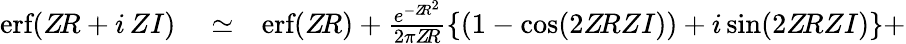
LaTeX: \begin{array}{rlr}{\textnormal{erf}(Z\! R+i\, ZI)}&{{}\simeq}&{\textnormal{erf}(Z\! R)+\frac{e^{-Z\! R^{2}}}{2\pi Z\! R}\{ (1-\textnormal{cos}(2Z\! RZI))+i\, \textnormal{sin}(2Z\! RZI)\} +}\end{array}